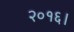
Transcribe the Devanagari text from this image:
२०१६।